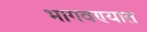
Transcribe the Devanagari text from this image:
भागवण्यात